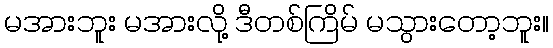
မအားဘူး မအားလို့ ဒီတစ်ကြိမ် မသွားတော့ဘူး။